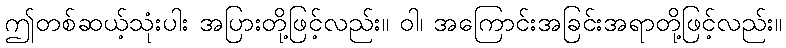
ဤတစ်ဆယ့်သုံးပါး အပြားတို့ဖြင့်လည်း။ ဝါ၊ အကြောင်းအခြင်းအရာတို့ဖြင့်လည်း။